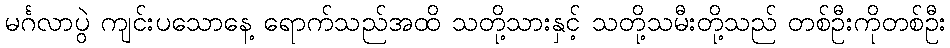
မင်္ဂလာပွဲ ကျင်းပသောနေ့ ရောက်သည်အထိ သတို့သားနှင့် သတို့သမီးတို့သည် တစ်ဦးကိုတစ်ဦး